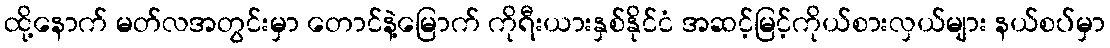
ထို့နောက် မတ်လအတွင်းမှာ တောင်နဲ့မြောက် ကိုရီးယားနှစ်နိုင်ငံ အဆင့်မြင့်ကိုယ်စားလှယ်များ နယ်စပ်မှာ